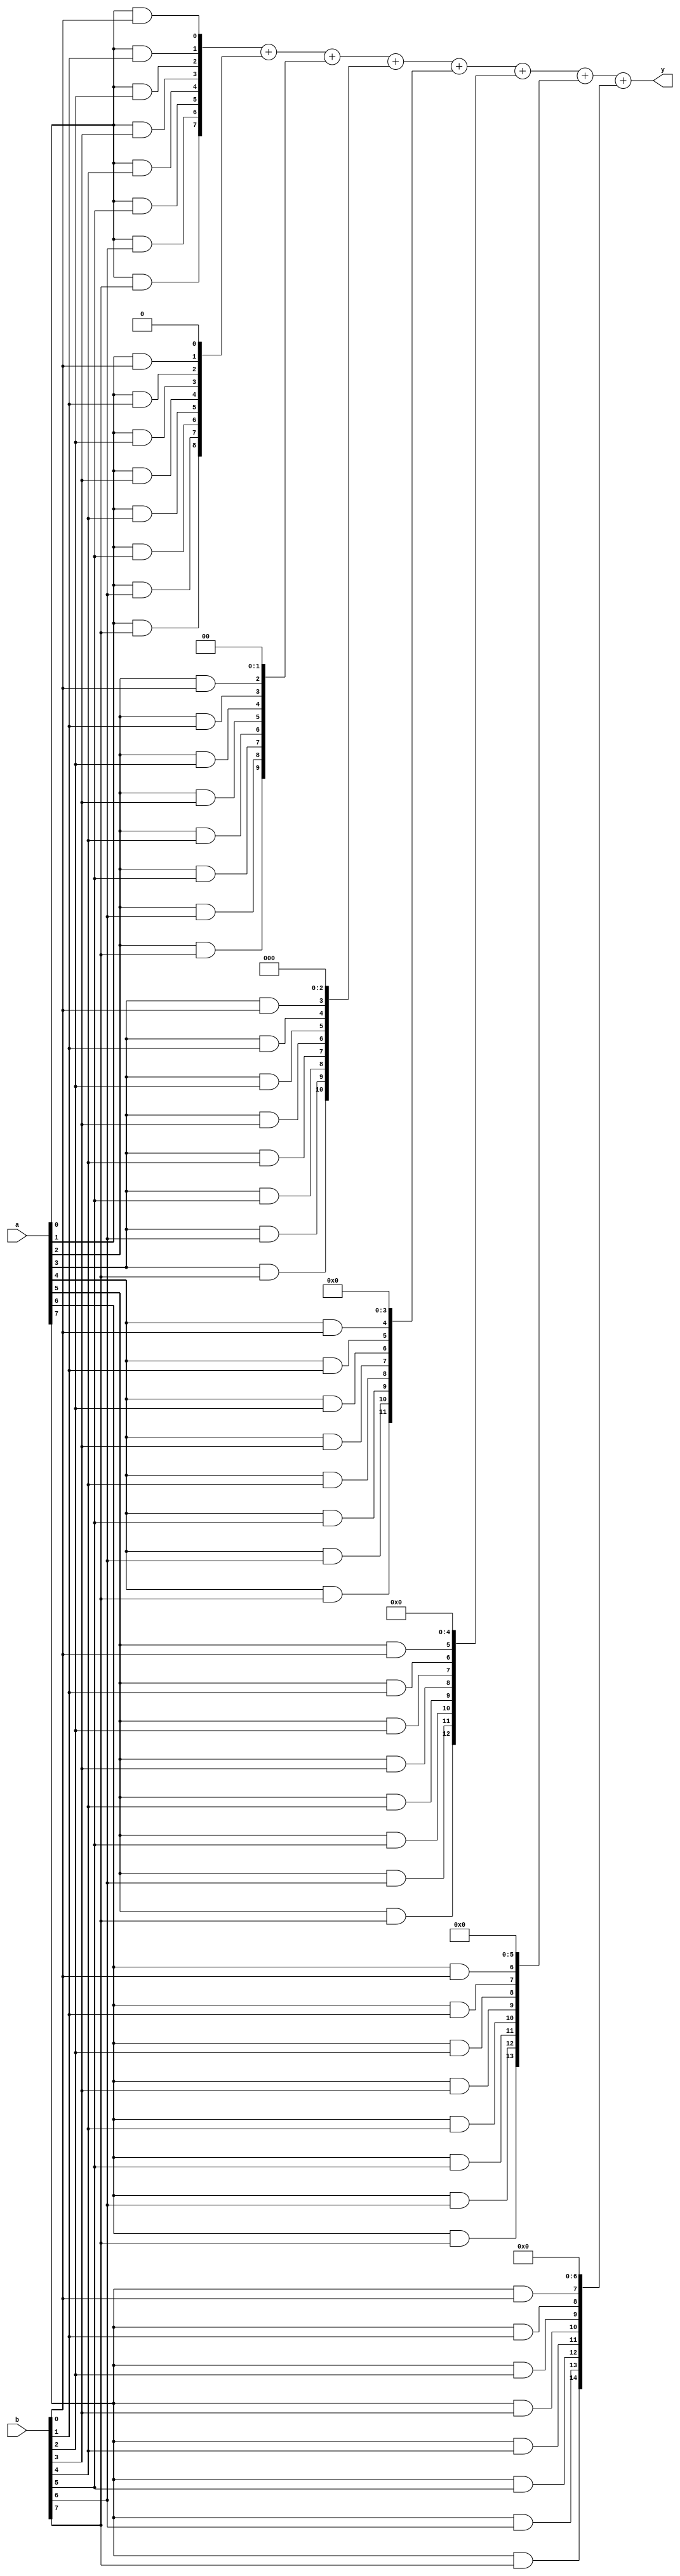
module mul8_v6 (input [7:0] a,b, output [15:0] y);

	genvar i,j;
	wire [7:0]p[0:7];
	//wire [7:0] p[0];
	//wire [7:0] p[1]
	//wire [7:0] p[2]
	//wire [7:0] p[3]
	//wire [7:0] p[4]..
	
	
	//the block outside the alwaus is generator block
	
	for(i=0;i<8;i=i+1)	begin
		for (j=0;j<8;j=j+1) begin
			and Gij	(p[i][j],a[i],b[j]);
		end
	end
	
	
	wire [14:0] R[0:7];;
	
	//MSB zeros are removed
	assign R[0] = p[0];				//p[0] can be written as p[0]<<0
	assign R[1] = p[1]<<1;
	assign R[2] = p[2]<<2;
	assign R[3] = p[3]<<3;
	assign R[4] = p[4]<<4;
	assign R[5] = p[5]<<5;
	assign R[6] = p[6]<<6;
	assign R[7] = p[7]<<7;
	
	assign y=R[0]+R[1]+R[2]+R[3]+R[4]+R[5]+R[6]+R[7];
endmodule